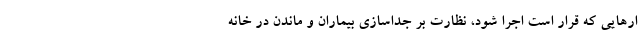
ارهایی که قرار است اجرا شود، نظارت بر جداسازی بیماران و ماندن در خانه